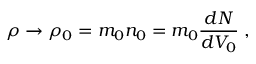
\rho \rightarrow \rho _ { 0 } = m _ { 0 } n _ { 0 } = m _ { 0 } \frac { d N } { d V _ { 0 } } \; ,